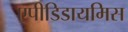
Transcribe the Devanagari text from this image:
एपीडिडायमिस